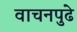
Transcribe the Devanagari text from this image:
वाचनपुढे